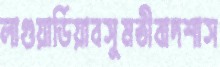
লাগুয়ার্ডিয়াবসুমতীবাদশাস